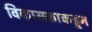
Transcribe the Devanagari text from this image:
विकासकाकडून